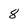
Character: 8